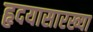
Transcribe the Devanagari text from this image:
हृदयासारख्या